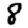
Digit: 8